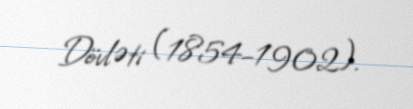
Dövləti (1854–1902).